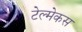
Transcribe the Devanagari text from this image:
टेल्मेकस